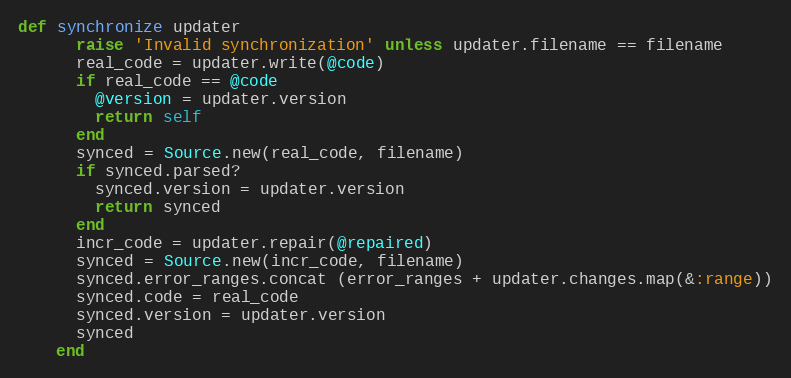
Language: Ruby
def synchronize updater
      raise 'Invalid synchronization' unless updater.filename == filename
      real_code = updater.write(@code)
      if real_code == @code
        @version = updater.version
        return self
      end
      synced = Source.new(real_code, filename)
      if synced.parsed?
        synced.version = updater.version
        return synced
      end
      incr_code = updater.repair(@repaired)
      synced = Source.new(incr_code, filename)
      synced.error_ranges.concat (error_ranges + updater.changes.map(&:range))
      synced.code = real_code
      synced.version = updater.version
      synced
    end